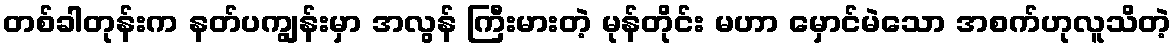
တစ်ခါတုန်းက နတ်ပကျွန်းမှာ အလွန် ကြီးမားတဲ့ မုန်တိုင်း မဟာ မှောင်မဲသော အစက်ဟုလူသိတဲ့